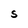
Character: S